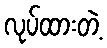
လုပ်ထားတဲ့